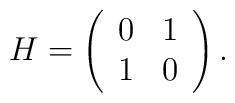
H = \left(\begin{array}{cc}0&1\\1&0\end{array}\right).